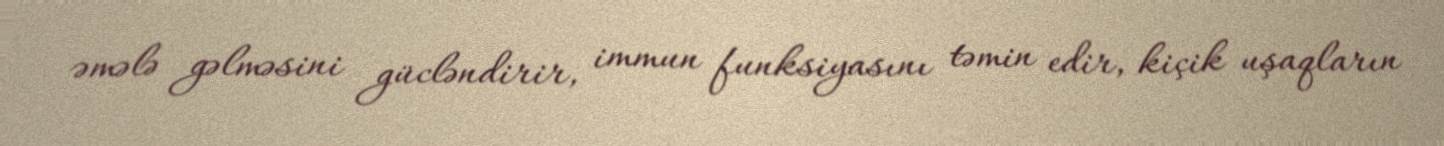
əmələ gəlməsini gücləndirir, immun funksiyasını təmin edir, kiçik uşaqların